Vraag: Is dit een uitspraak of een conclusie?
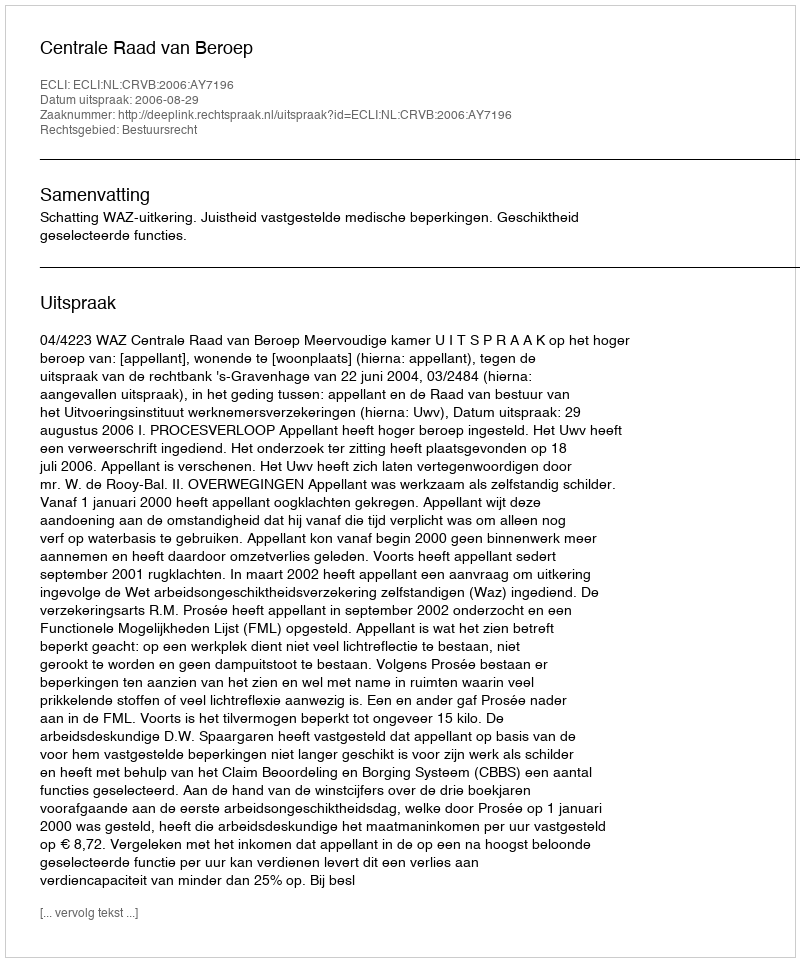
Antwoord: Uitspraak